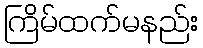
ကြိမ်ထက်မနည်း